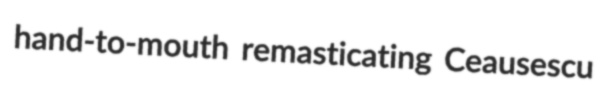
hand-to-mouth remasticating Ceausescu